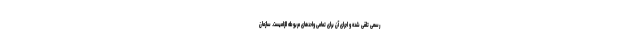
رسمی تلقی شده و اجرای آن برای تمامی واحدهای مربوطه الزامیست. سازمان